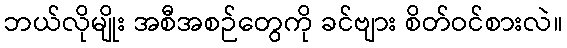
ဘယ်လိုမျိုး အစီအစဉ်တွေကို ခင်ဗျား စိတ်ဝင်စားလဲ။